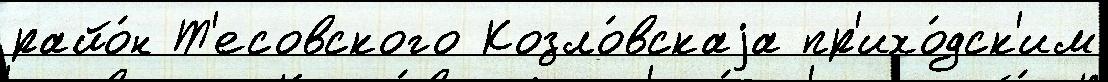
райо́н Т'есовского Козло́вскаjа пр'ихо́дск'им